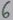
Text: 6